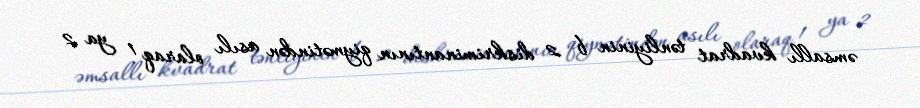
əmsallı kvadrat tənliyinin b 2 diskriminantının qiymətindən asılı olaraq 1 ya 2